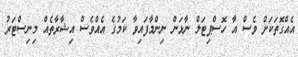
އެއްގޮތަކަށް ވެސް އާ ހޮސްޕިޓަލް ނާޅަން ނިންމާފައިވާ ކަމުގެ އެއްވެސް އިޝާރާތެއް މިނިސްޓަރު